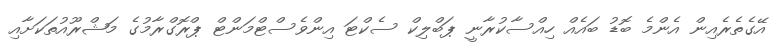
އޭގެތެރެއިން އެންމެ ބޮޑު ބައެއް ހިއްސާކުރާނީ ޕަބްލިކް ސެކްޓަ އިންވެސްޓްމަންޓް ޕްރޮގްރާމުގެ މަޝްރޫއުތަކަށާއި